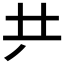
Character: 𠀗